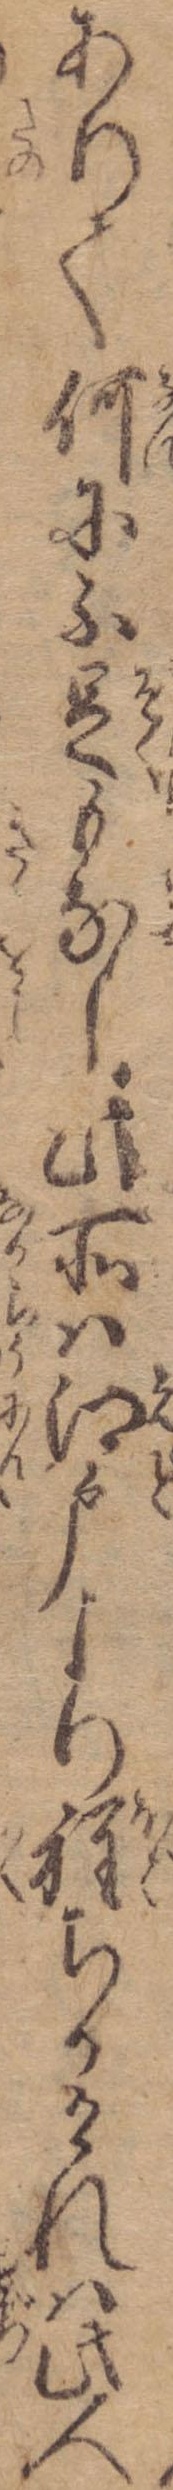
ありて何に不足もなし此所は江戸より程ちかけれは此人